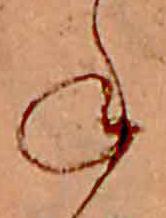
ね